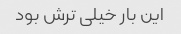
این بار خیلی ترش بود